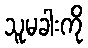
သူမခါးကို